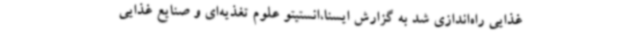
غذایی راه‌اندازی شد به گزارش ایسنا،انستیتو علوم تغذیه‌ای و صنایع غذایی